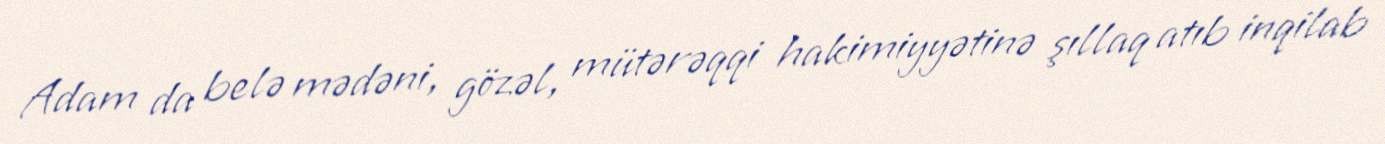
Adam da belə mədəni, gözəl, mütərəqqi hakimiyyətinə şıllaq atıb inqilab